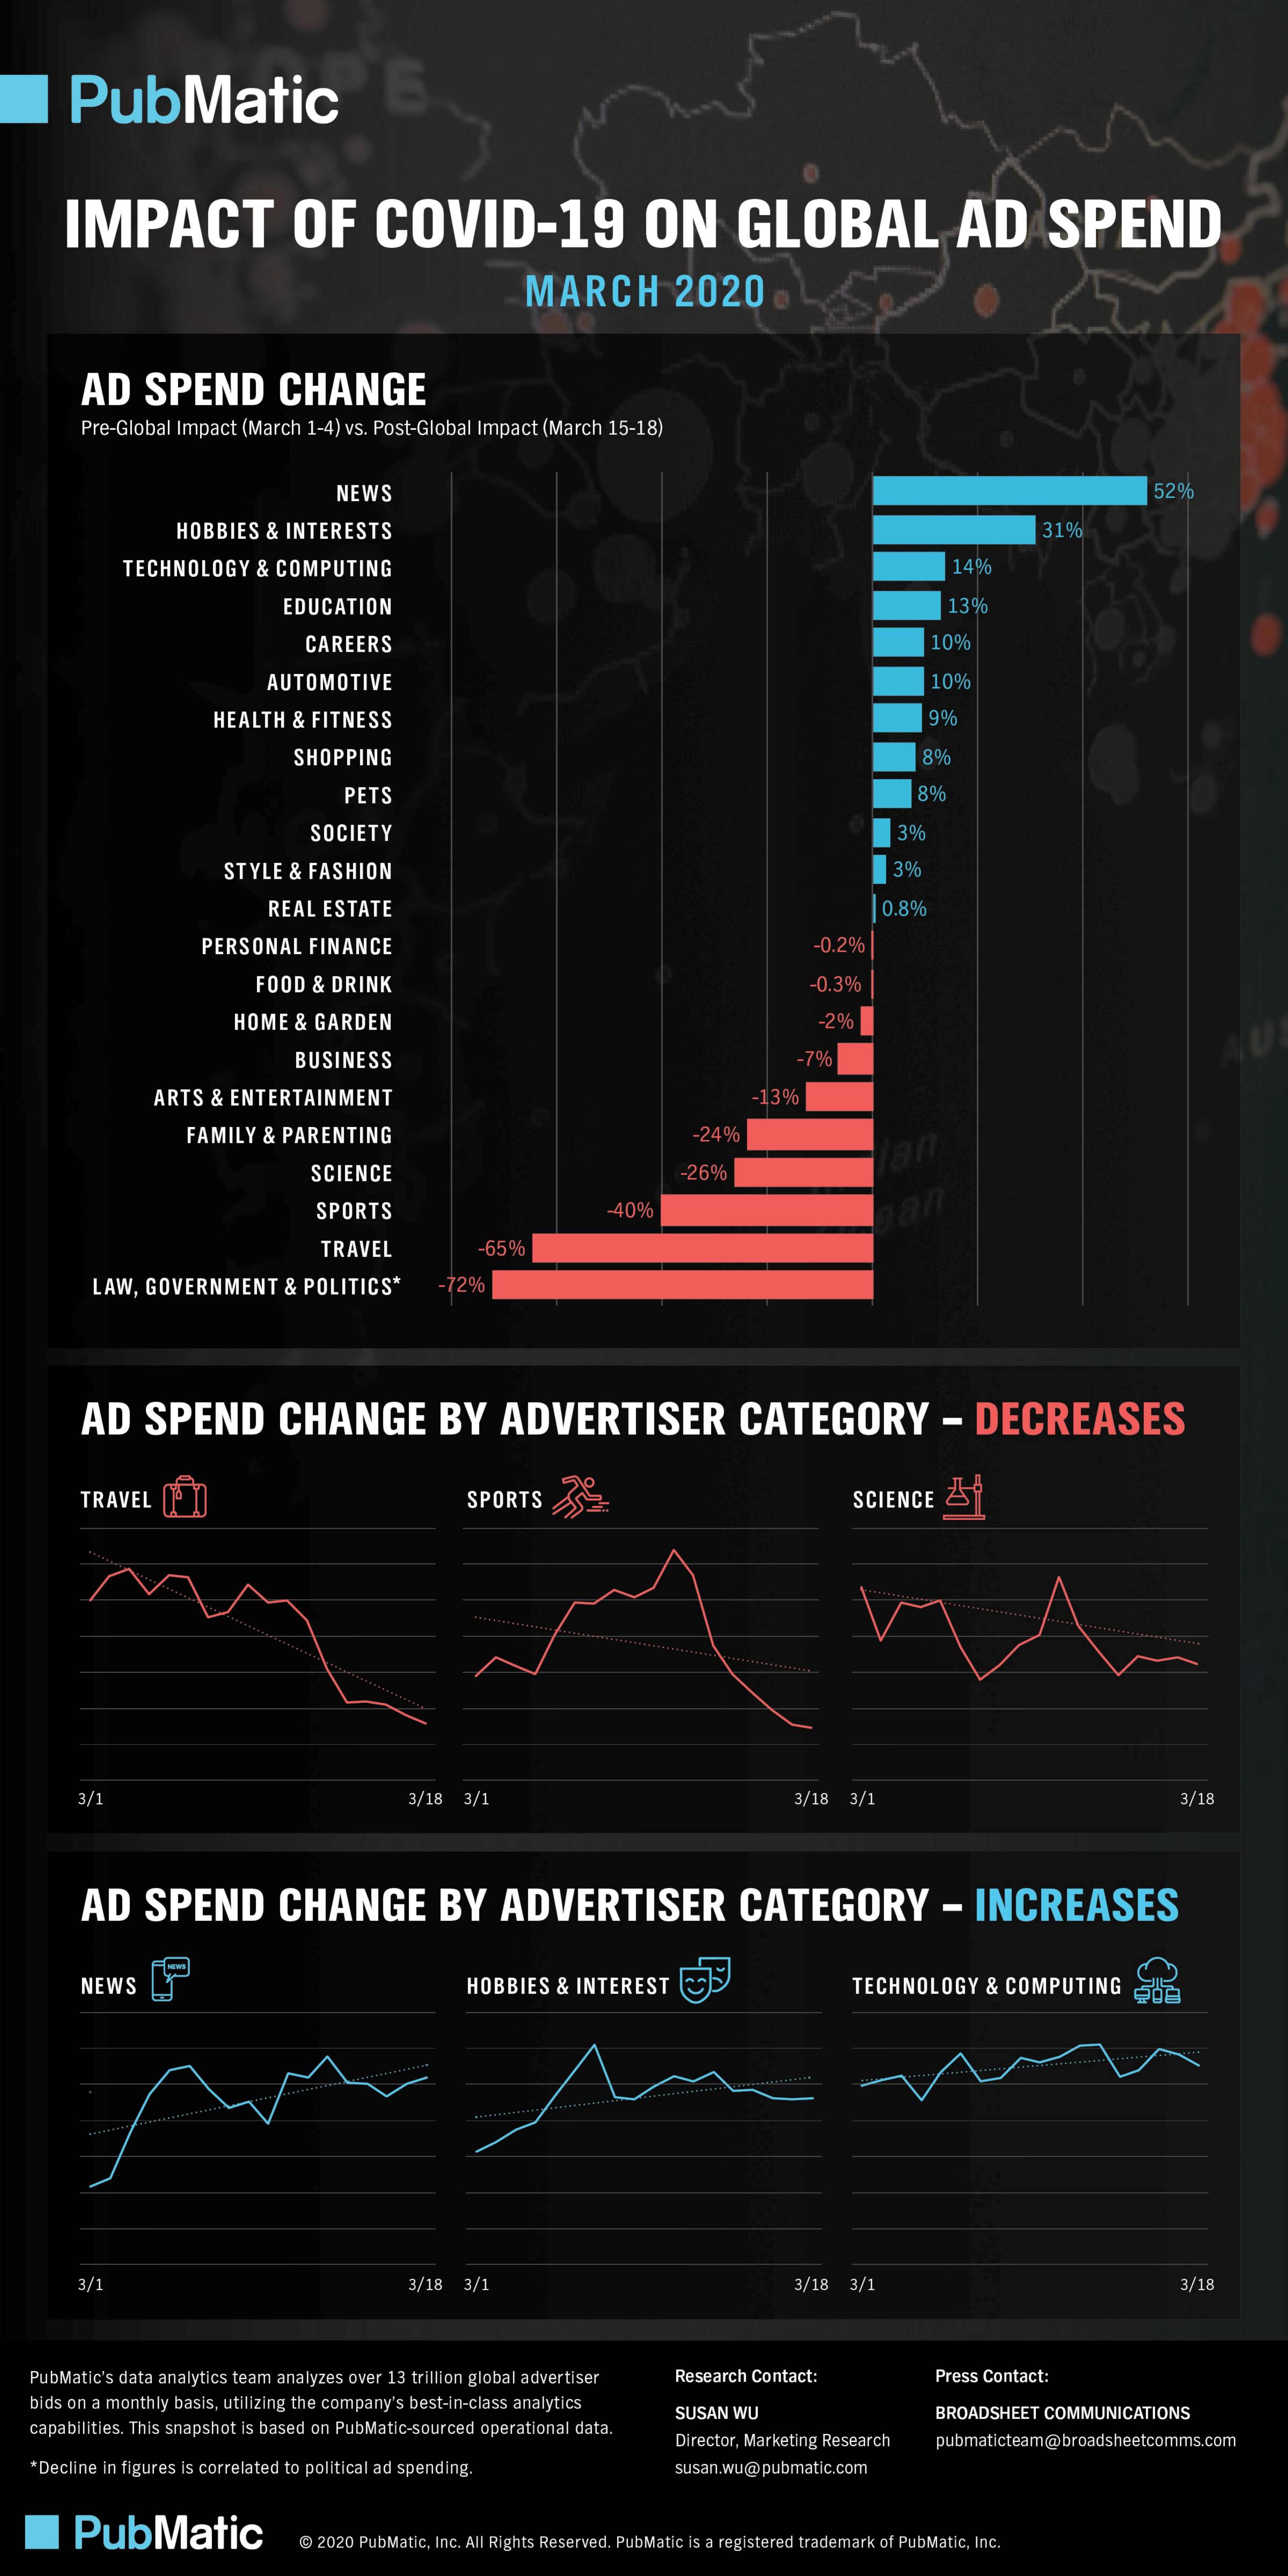
PubMatic    5
     IMPACT    OF    COVID-19    ON    GLOBAL    AD    SPEND
     MARCH    2020
     AD   SPEND    CHANGE
     Pre-Global Impact (March 1-4) vs. Post-Global Impact (March 15-18)
     NEWS    52%
     HOBBIES & INTERESTS    31%
     TECHNOLOGY   & COMPUTING    14%
     EDUCATION    13%
     CAREERS    10%
     AUTOMOTIVE    10%
     HEALTH & FITNESS    9%
     SHOPPING    8%
     PETS    8%
     SOCIETY    3%
     STYLE & FASHION    3%
     REAL ESTATE    0.8%
     PERSONAL  FINANCE    -0.2%
     FOOD & DRINK    -0.3%
     HOME & GARDEN    -2%
     BUSINESS    -7%
     ARTS & ENTERTAINMENT    -13%
     FAMILY & PARENTING    -24%
     SCIENCE    -26%
     an
     SPORTS    -40%    an
     TRAVEL    -65%
     LAW, GOVERNMENT  & POLITICS*    -72%
     AD   SPEND    CHANGE    BY    ADVERTISER    CATEGORY    -  DECREASES
     TRAVEL    SPORTS    9    SCIENCE 25
     3/1    3/18 3/    3/18 3/1    3/18
     AD   SPEND    CHANGE    BY    ADVERTISER    CATEGORY    -  INCREASES
     NEWS    HOBBIES & INTEREST    TECHNOLOGY  & COMPUTING
     3/1    3/18 3/1    3/18 3/1    3/18
   PubMatic's data analytics team analyzes over 13 trillion global advertiser Research Contact: Press Contact:
   bids on a monthly basis, utilizing the company's best-in-class analytics
   capabilities. This snapshot is based on PubMatic-sourced operational data.
     SUSAN WU    BROADSHEET COMMUNICATIONS
     Director, Marketing Research pubmaticteam@broadsheetcomms.com
   *Decline in figures is correlated to political ad spending. susan.wu@pubmatic.com
     PubMatic    @ 2020 PubMatic, Inc. All Rights Reserved. PubMatic is a registered trademark of PubMatic, Inc.